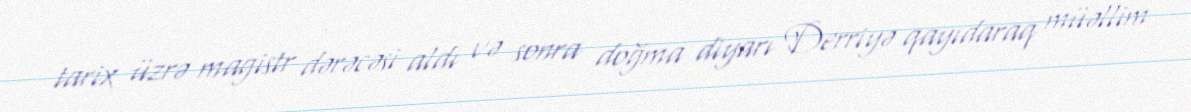
tarix üzrə magistr dərəcəsi aldı və sonra doğma diyarı Derriyə qayıdaraq müəllim